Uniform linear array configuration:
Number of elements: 24
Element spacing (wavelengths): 1
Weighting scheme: kaiser
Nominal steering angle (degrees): -45
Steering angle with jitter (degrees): -46.138
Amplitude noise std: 0.05
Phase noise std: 0.05

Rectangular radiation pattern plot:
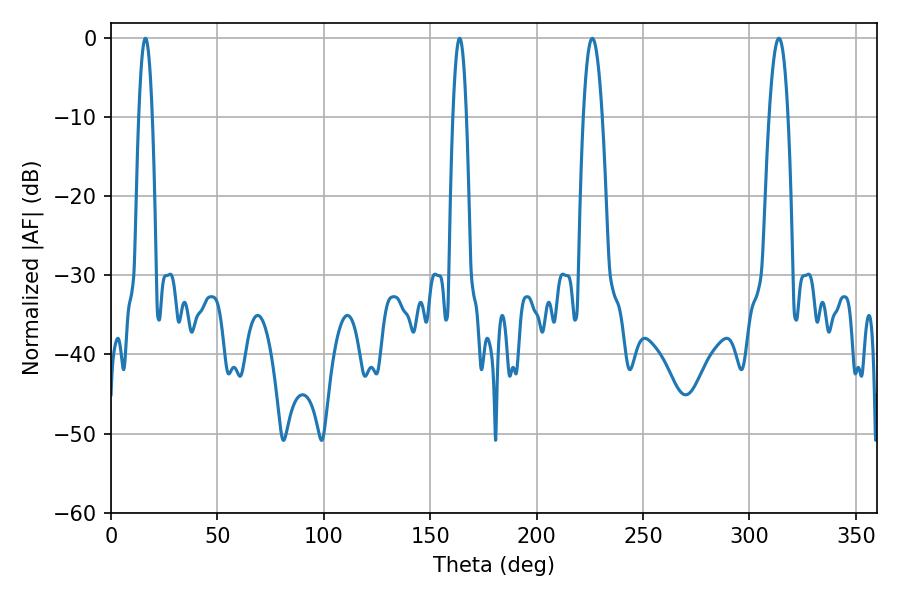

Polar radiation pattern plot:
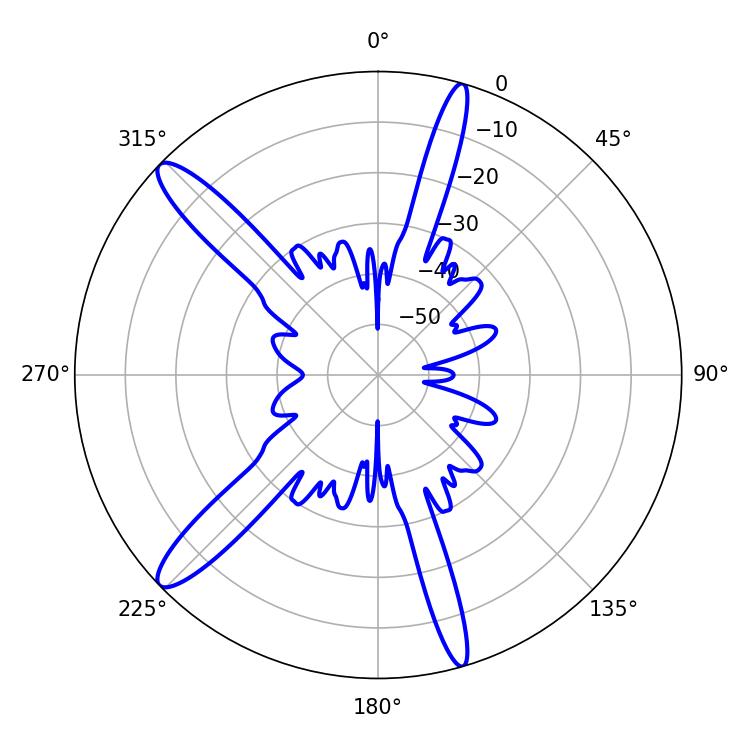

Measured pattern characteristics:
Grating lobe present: TRUE
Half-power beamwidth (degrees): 3.6
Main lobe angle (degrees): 16.2